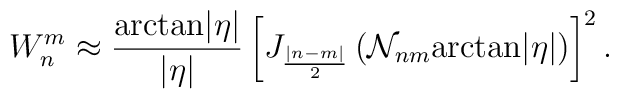
W_n^m\approx\frac {\mbox{arctan}|\eta |}{|\eta |}\left[J_{\frac {|n-m|}2}\left({\cal N}_{nm}\mbox{arctan}|\eta |\right)\right]^2.